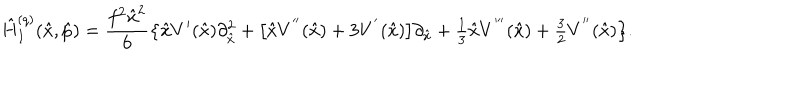
\hat { H } _ { I } ^ { ( q ) } ( \hat { x } , \hat { p } ) = \frac { f ^ { 2 } \hat { x } ^ { 2 } } { 6 } \bigl \{ \hat { x } V ^ { \prime } ( \hat { x } ) \partial _ { \hat { x } } ^ { 2 } + \bigl [ \hat { x } V ^ { ' ^ { \prime } } ( \hat { x } ) + 3 V ^ { ' } ( \hat { x } ) \bigr ] \partial _ { \hat { x } } + { \textstyle \frac { 1 } { 3 } } \hat { x } V ^ { ' ^ { \prime \prime } } ( \hat { x } ) + { \textstyle \frac { 3 } { 2 } } V ^ { ' ^ { \prime } } ( \hat { x } ) \bigr \} .